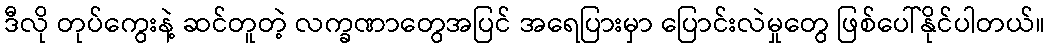
ဒီလို တုပ်ကွေးနဲ့ ဆင်တူတဲ့ လက္ခဏာတွေအပြင် အရေပြားမှာ ပြောင်းလဲမှုတွေ ဖြစ်ပေါ်နိုင်ပါတယ်။